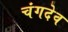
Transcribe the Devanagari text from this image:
चंगदेव